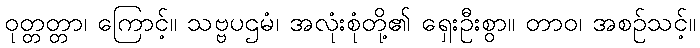
ဝုတ္တတ္တာ၊ ကြောင့်။ သဗ္ဗပဌမံ၊ အလုံးစုံတို့၏ ရှေးဦးစွာ။ တာဝ၊ အစဉ်သင့်။